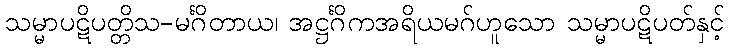
သမ္မာပဋိပတ္တိသ-မင်္ဂိတာယ၊ အဋ္ဌင်္ဂိကအရိယမဂ်ဟူသော သမ္မာပဋိပတ်နှင့်